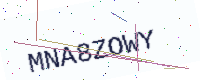
Text: MNA8ZOWY